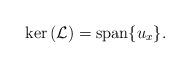
LaTeX: \begin{align*}{\rm ker}\left(\mathcal{L}\right)={\rm span}\{u_x\}.\end{align*}